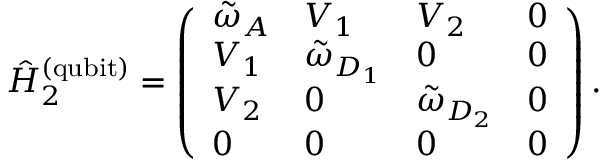
\hat { H } _ { 2 } ^ { \mathrm { ( q u b i t ) } } = \left( \begin{array} { l l l l } { \tilde { \omega } _ { A } } & { V _ { 1 } } & { V _ { 2 } } & { 0 } \\ { V _ { 1 } } & { \tilde { \omega } _ { D _ { 1 } } } & { 0 } & { 0 } \\ { V _ { 2 } } & { 0 } & { \tilde { \omega } _ { D _ { 2 } } } & { 0 } \\ { 0 } & { 0 } & { 0 } & { 0 } \end{array} \right) .